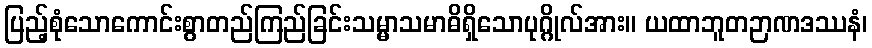
ပြည့်စုံသောကောင်းစွာတည်ကြည်ခြင်းသမ္မာသမာဓိရှိသောပုဂ္ဂိုလ်အား။ ယထာဘူတဉာဏဒဿနံ၊